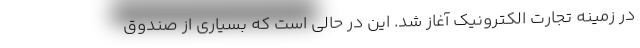
در زمینه تجارت الکترونیک آغاز شد. این در حالی است که بسیاری از صندوق